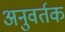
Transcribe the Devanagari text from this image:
अनुवर्तक